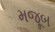
મજૂબ